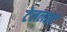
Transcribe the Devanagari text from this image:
टेललाइटें